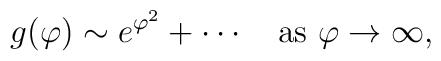
g(\varphi)\sim e^{\varphi^2}+\cdots\quad\hbox{as $\varphi\to\infty$,}